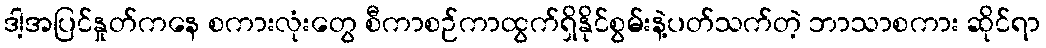
ဒါ့အပြင်နှုတ်ကနေ စကားလုံးတွေ စီကာစဉ်ကာထွက်ရှိနိုင်စွမ်းနဲ့ပတ်သက်တဲ့ ဘာသာစကား ဆိုင်ရာ